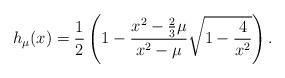
LaTeX: \begin{align*} h_{\mu}(x) = \frac{1}{2} \left(1- \frac{x^2-\frac23\mu}{x^2-\mu} \sqrt{1-\frac{4}{x^2}}\right). \end{align*}